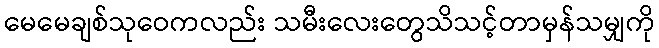
မေမေချစ်သုဝေကလည်း သမီးလေးတွေသိသင့်တာမှန်သမျှကို